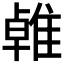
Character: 𨿧